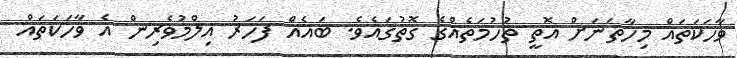
ވާހަކަތައް މިހާތަނަށް އޮތީ ތުހުމަތެއްގެ ގޮތުގައެވެ. ބައެއް ފަހަރު އިލްމުވެރިން އެ ވާހަކަތައް